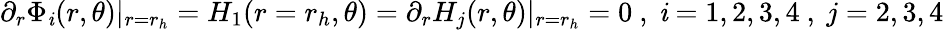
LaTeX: \partial_{r}\Phi_{\mathit{i}}(r,\theta)|_{r=r_{h}}=H_{1}(r=r_{h},\theta)=\partial_{r}H_{j}(r,\theta)|_{r=r_{h}}=0\ ,\ \mathit{i}=1,2,3,4\ ,\ j=2,3,4